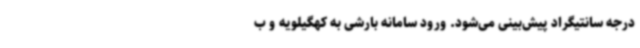
درجه سانتیگراد پیش‌بینی می‌شود. ورود سامانه بارشی به کهگیلویه و ب